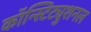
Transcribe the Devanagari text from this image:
कॉन्स्टिट्युशनल